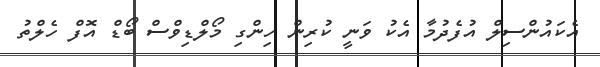
އެކައުންސިލް އުފެދުމާ އެކު ވަނީ ކުރިން ހިންގި މޯލްޑިވްސް ބޯޑް އޮފް ހެލްތު